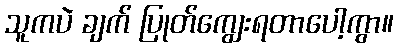
သူကပဲ ချက် ပြုတ်ကျွေးရတာပေါ့ကွာ။